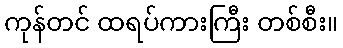
ကုန်တင် ထရပ်ကားကြီး တစ်စီး။